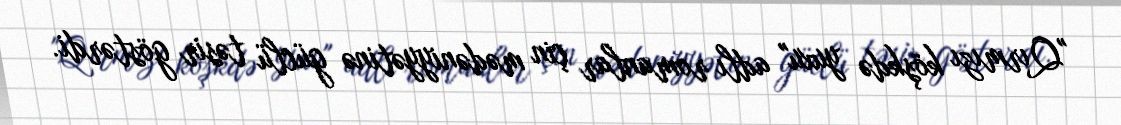
"Qırmızı köşkdə yuxu" adlı romanlar çin mədəniyyətinə güclü təsir göstərdi.